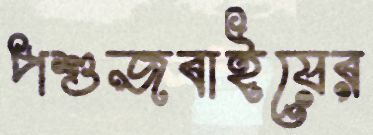
পশুজবাইয়ের